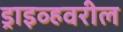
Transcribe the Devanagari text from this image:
ड्राइव्हवरील